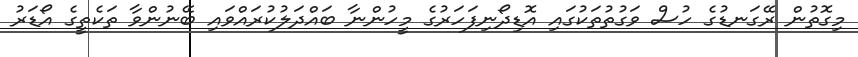
މިގޮތުން ރޭގަނޑުގެ ހުސް ވަގުތުތަކުގައި އޮޑިދޯނިފަހަރުގެ މީހުންނާ ބައްދަލުކުރައްވައި ބޭނުންވާ ތަކެތީގެ އޯޑަރު